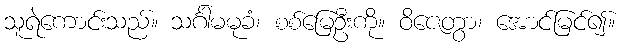
သူရဲကောင်းသည်။ သင်္ဂါမမုခံ၊ စစ်မြေဦးကို။ ဝိဇေတွာ၊ အောင်မြင်၍။